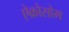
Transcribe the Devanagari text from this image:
ऐक्रोसोम